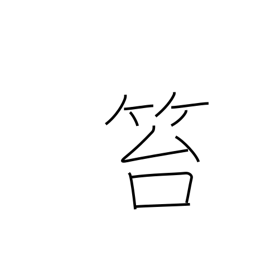
Meaning: crime punishable by flogging